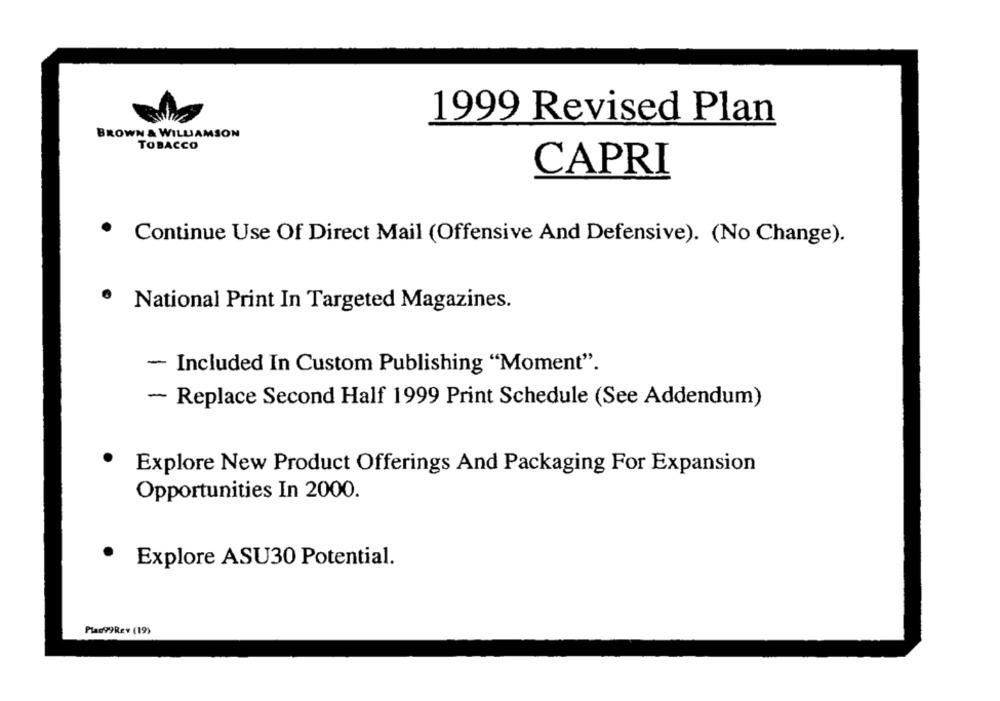
1999 Revised Plan
BROWN & WILLIAMSON
TOBACCO
CAPRI
· Continue Use Of Direct Mail (Offensive And Defensive). (No Change).
· National Print In Targeted Magazines.
- Included In Custom Publishing "Moment".
- Replace Second Half 1999 Print Schedule (See Addendum)
Explore New Product Offerings And Packaging For Expansion
Opportunities In 2000.
.
Explore ASU30 Potential.
Plas99Rev (19)